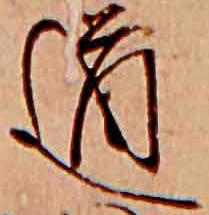
道